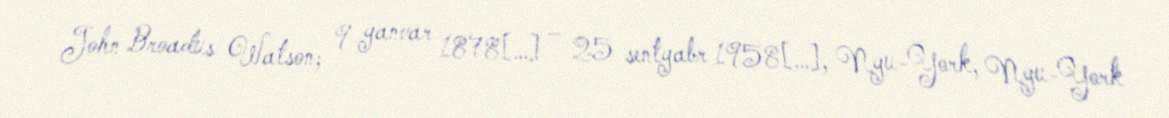
John Broadus Watson; 9 yanvar 1878[…] – 25 sentyabr 1958[…], Nyu-York, Nyu-York